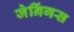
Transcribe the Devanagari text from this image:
जेनिंगस